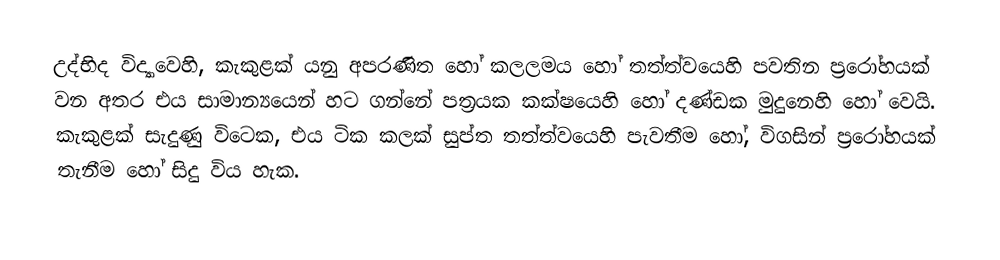
උද්භිද විද්‍යාවෙහි, කැකුළක් යනු  අපරණිත හෝ  කලලමය හෝ තත්ත්වයෙහි පවතින  ප්‍රරෝහයක් වන අතර එය සාමාන්‍යයෙන් හට ගන්නේ පත්‍රයක කක්ෂයෙහි හෝ  දණ්ඩක මුදුනෙහි හෝ වෙයි. කැකුළක් සැදුණු විටෙක, එය ටික කලක් සුප්ත තත්ත්වයෙහි පැවතීම හෝ, විගසින් ප්‍රරෝහයක් තැනීම හෝ සිදු විය හැක.